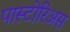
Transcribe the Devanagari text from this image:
पास्टोरिअस